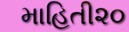
માહિતી૨૦